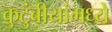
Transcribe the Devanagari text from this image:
कुटुंबीयांमध्ये